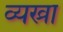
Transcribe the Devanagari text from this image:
व्यख्रा